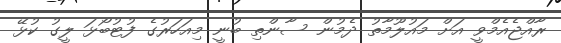
ރާއްޖެއެމްވީ އަށް މައުލޫމާތު ދެމުން ސާންތި ބުނީ މިއަހަރުގެ ފުޓުބޯޅަ ލީގު ކުޅޭ